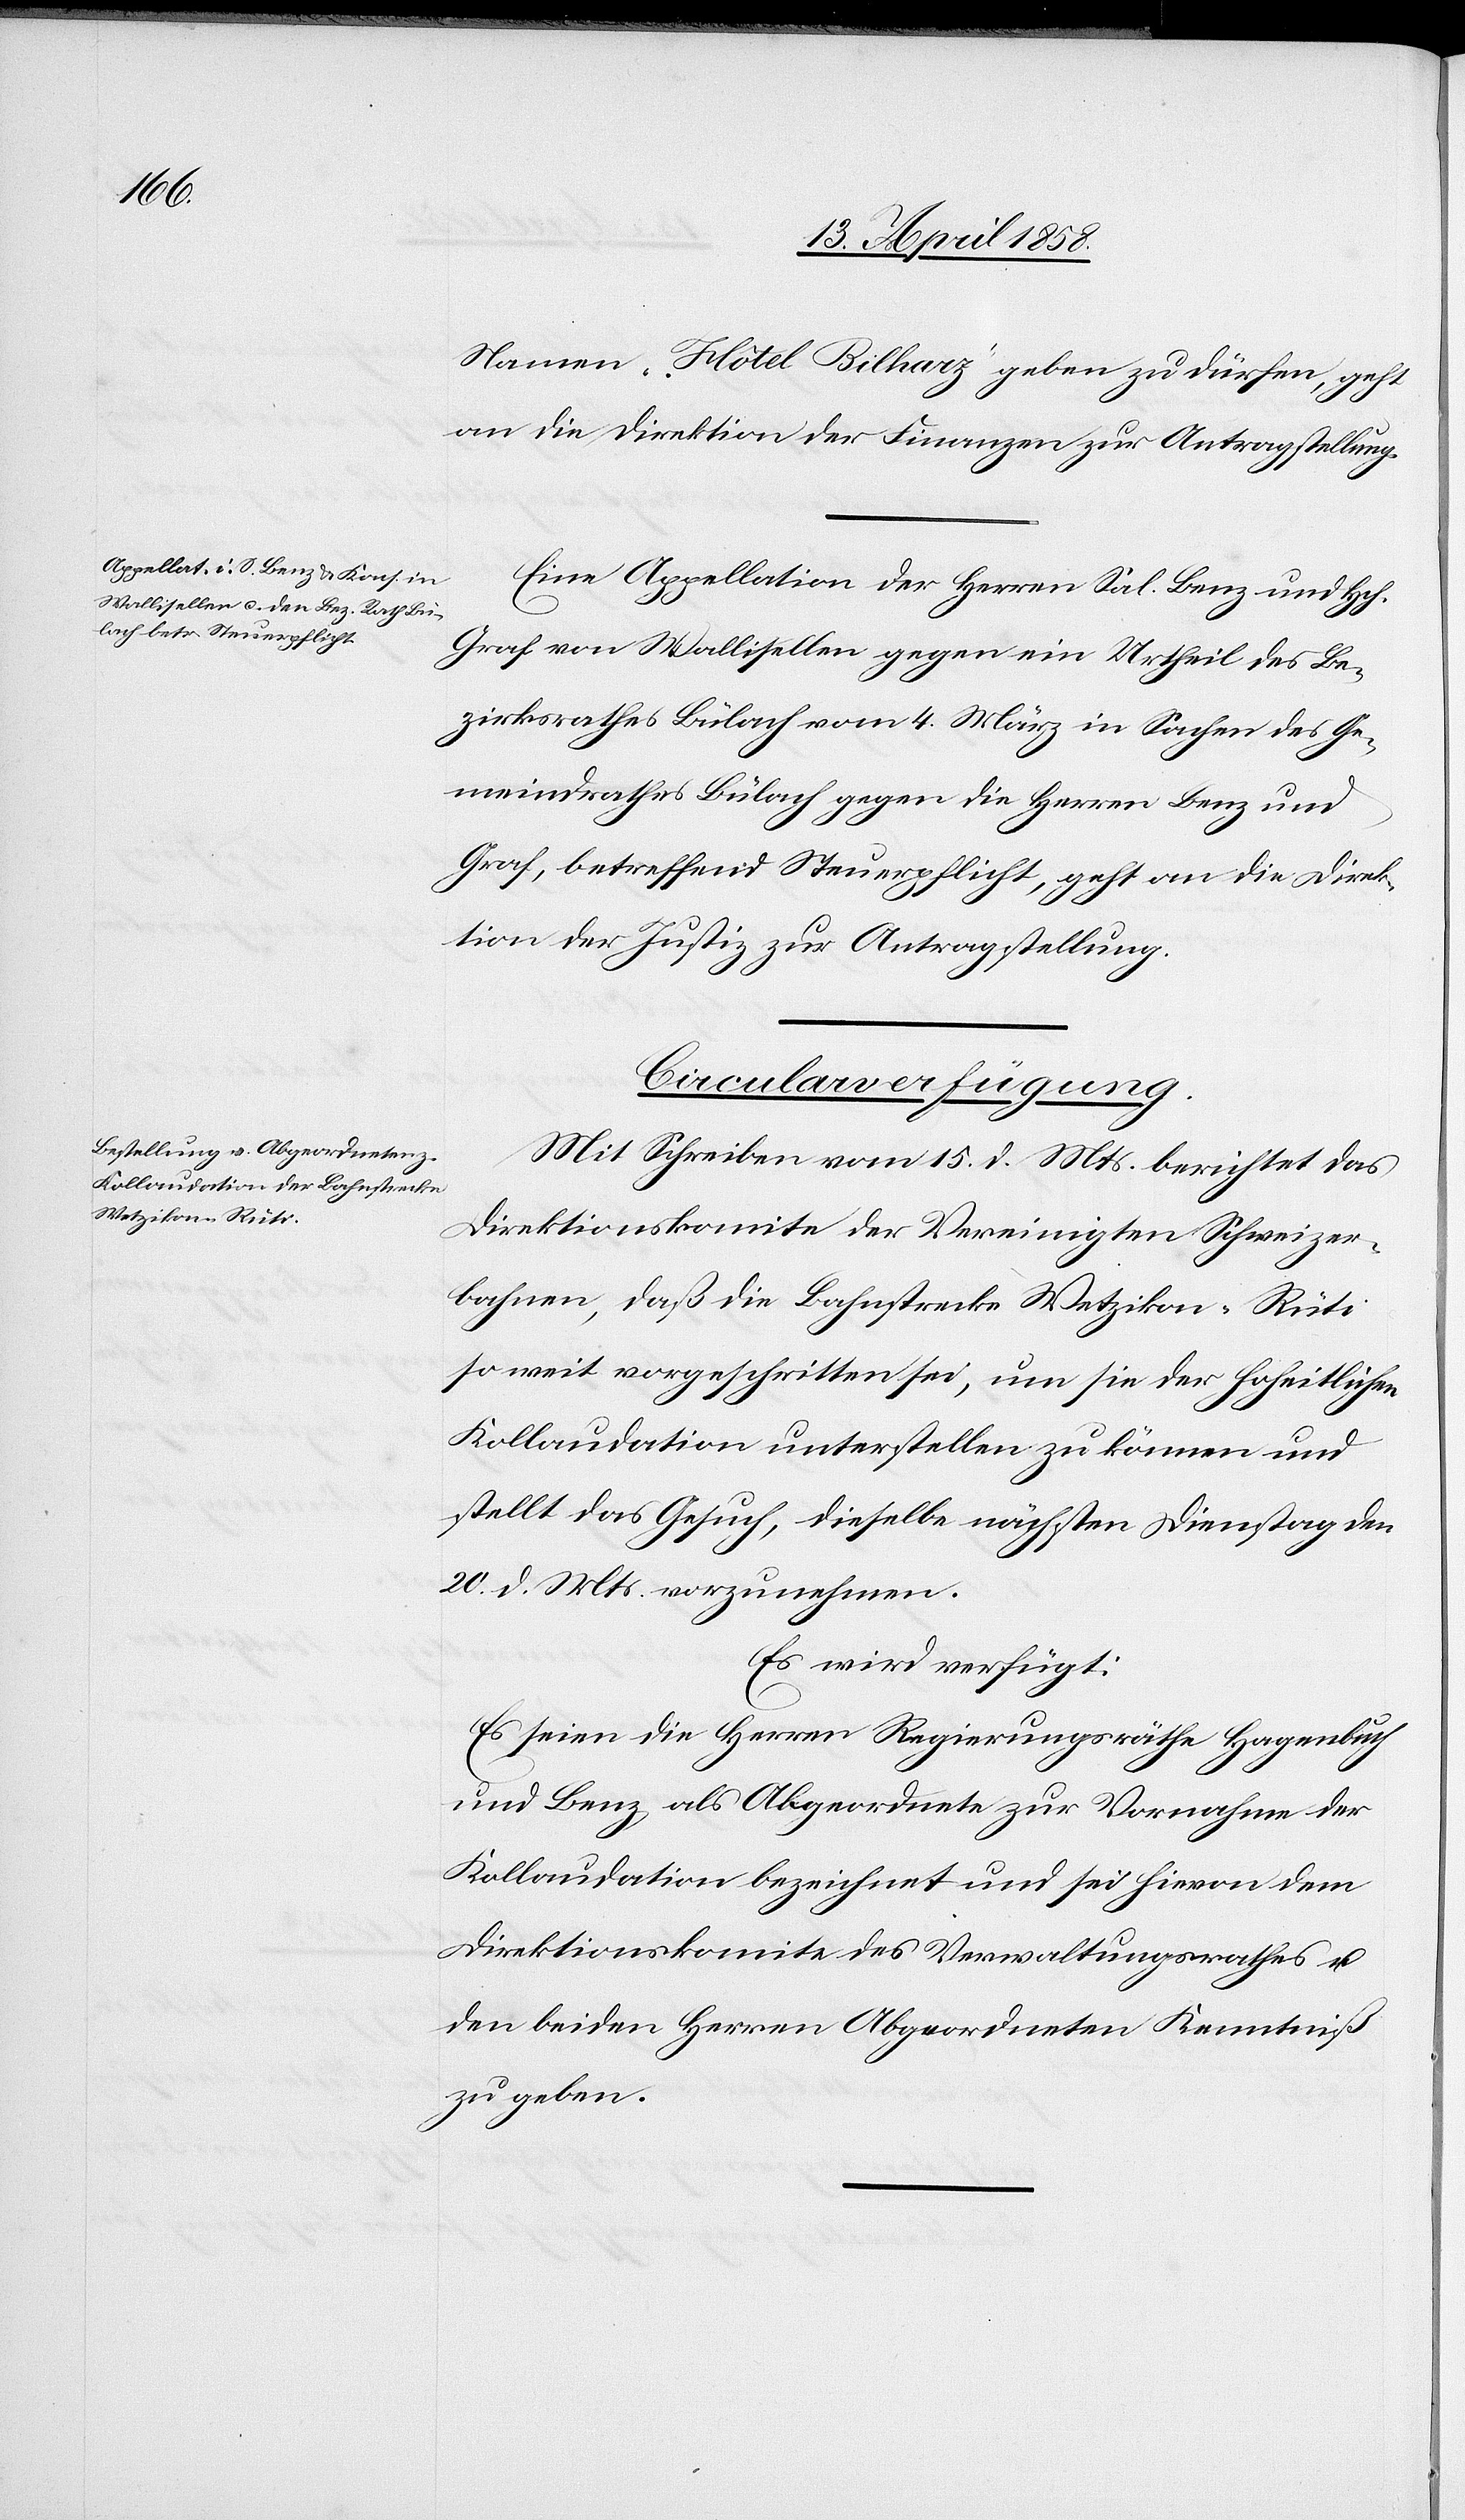
17. April 1858.]
Namen „Hôtel Bilharz“ geben zu dürfen, geht
an die Direktion der Finanzen zur Antragstellung.
Eine Appellation der Herren Sal. Benz und Hch.
Graf von Wallisellen gegen ein Urtheil des Be¬
zirksrathes Bülach vom 4. März in Sachen des Ge¬
meindrathes Bülach gegen die Herren Benz und
Graf, betreffend Steuerpflicht, geht an die Direk¬
tion der Justiz zur Antragstellung.
Circularverfügung.
Mit Schreiben vom 15. d. Mts. berichtet das
Direktionskomite der vereinigten Schweizer¬
bahnen, daß die Bahnstrecke Wetzikon-Rüti
soweit vorgeschritten sei, um sie der hoheitlichen
Kollaudation unterstellen zu können und
stellt das Gesuch, dieselbe nächsten Dienstag den
20. d. Mts. vorzunehmen.
Es wird verfügt:
Es seien die Herren Regierungsräthe Hagenbuch
und Benz als Abgeordnete zur Vornahme der
Kollaudation bezeichnet und sei hievon dem
Direktionskomite des Verwaltungsrathes u.
den beiden Herren Abgeordneten Kenntniß
zu geben.